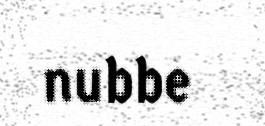
nubbe